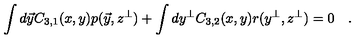
\int d \vec { y } C _ { 3 , 1 } ( x , y ) p ( \vec { y } , z ^ { \bot } ) + \int d y ^ { \bot } C _ { 3 , 2 } ( x , y ) r ( y ^ { \bot } , z ^ { \bot } ) = 0 \quad .